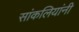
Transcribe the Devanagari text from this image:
सांकलियांनी